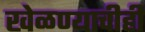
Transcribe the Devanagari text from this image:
खेळण्याचीही